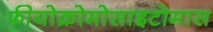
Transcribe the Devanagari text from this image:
फीयोक्रोमोसाइटोमास